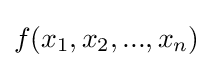
f(x_{1},x_{2},...,x_{n})